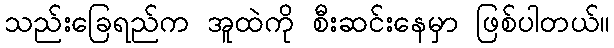
သည်းခြေရည်က အူထဲကို စီးဆင်းနေမှာ ဖြစ်ပါတယ်။